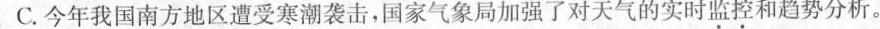
C.今年我国南方地区遭受寒潮袭击，国家气象局加强了对天气的实时监控和趋势分析。